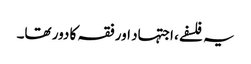
یہ فلسفے، اجتہاد اور فقہ کا دور تھا۔